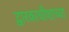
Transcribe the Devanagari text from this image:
द्वारकाधीशाच्या